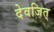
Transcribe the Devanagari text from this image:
देवजित्‌